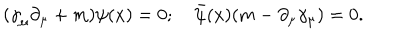
LaTeX: ( { \gamma } _ { \mu } \partial _ { \mu } + m ) \psi ( x ) = 0 ; \quad { \bar { \psi } } ( x ) ( m - \partial _ { \mu } \gamma _ { \mu } ) = 0 .